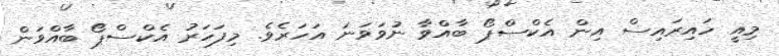
މިއީ ހައިރައިސް އިން އެކްސްޕޯ ބާއްވާ ނުވަވަނަ އަހަރެވެ. މިފަހަރު އެކްސްޕޯ ބާއްވަން